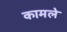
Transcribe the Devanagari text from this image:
कामले